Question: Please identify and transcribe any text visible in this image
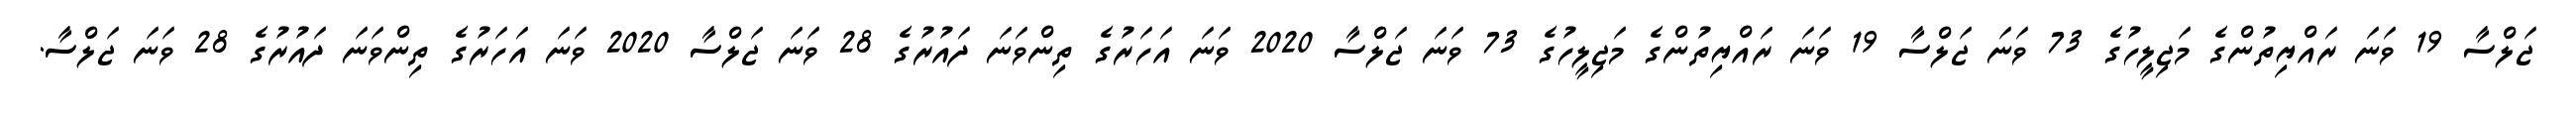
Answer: ޖަލްސާ 19 ވަނަ ރައްޔިތުންގެ މަޖިލީހުގެ 73 ވަނަ ޖަލްސާ 19 ވަނަ ރައްޔިތުންގެ މަޖިލީހުގެ 73 ވަނަ ޖަލްސާ 2020 ވަނަ އަހަރުގެ ތިންވަނަ ދައުރުގެ 28 ވަނަ ޖަލްސާ 2020 ވަނަ އަހަރުގެ ތިންވަނަ ދައުރުގެ 28 ވަނަ ޖަލްސާ.